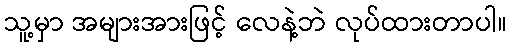
သူ့မှာ အများအားဖြင့် လေနဲ့ဘဲ လုပ်ထားတာပါ။